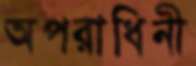
অপরাধিনী